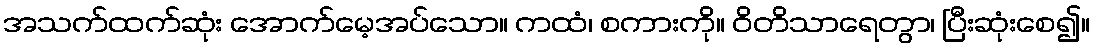
အသက်ထက်ဆုံး အောက်မေ့အပ်သော။ ကထံ၊ စကားကို။ ဝိတိသာရေတွာ၊ ပြီးဆုံးစေ၍။